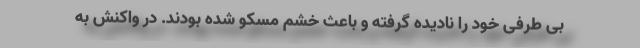
بی طرفی خود را نادیده گرفته و باعث خشم مسکو شده بودند. در واکنش به